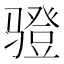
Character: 𲌋